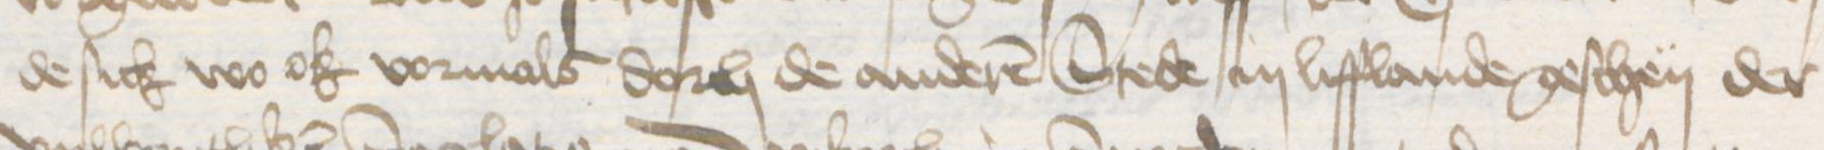
Transcription: de sick wo ok vormals dorch de anderen Stede in Lifflande geschen der